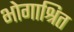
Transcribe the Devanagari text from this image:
भोगाश्रित